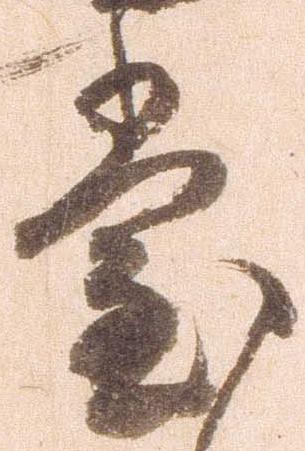
堂